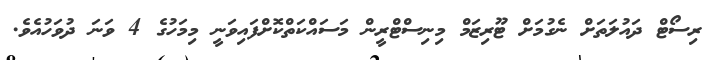
ރިސޯޓް ދައުލަތަށް ނެގުމަށް ޓޫރިޒަމް މިނިސްޓްރީން މަސައްކަތްކޮށްފައިވަނީ މިމަހުގެ 4 ވަނަ ދުވަހުއެވެ.